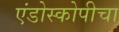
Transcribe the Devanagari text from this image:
एंडोस्कोपीचा